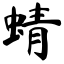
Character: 蜻